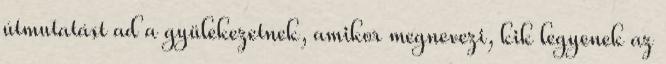
útmutatást ad a gyülekezetnek, amikor megnevezi, kik legyenek az